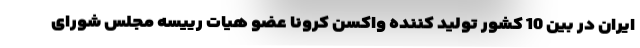
ایران در بین 10 کشور تولید کننده واکسن کرونا عضو هیات رییسه مجلس شورای